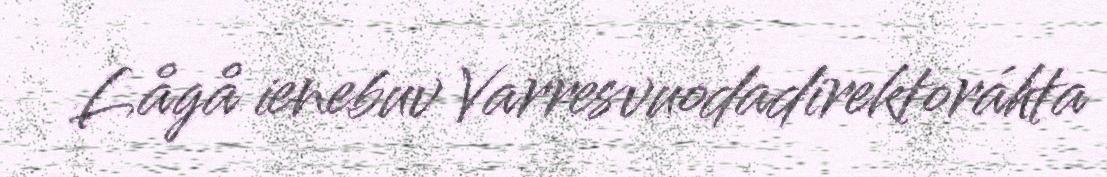
Lågå ienebuv Varresvuodadirektoráhta